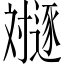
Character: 𬩛